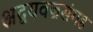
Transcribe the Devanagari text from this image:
अद्वयवज्रसंगह